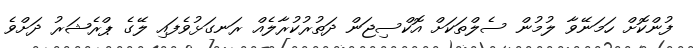
ފުންކޮށް ހަމަނޭވާ ލުމުން ސެލްތަކަށް އޮކްސިޖަން ދަތުރުކުރާލެއް ރަނގަޅުވެފައި ލޭގެ ޕްރެޝަރު ދަށްވެ